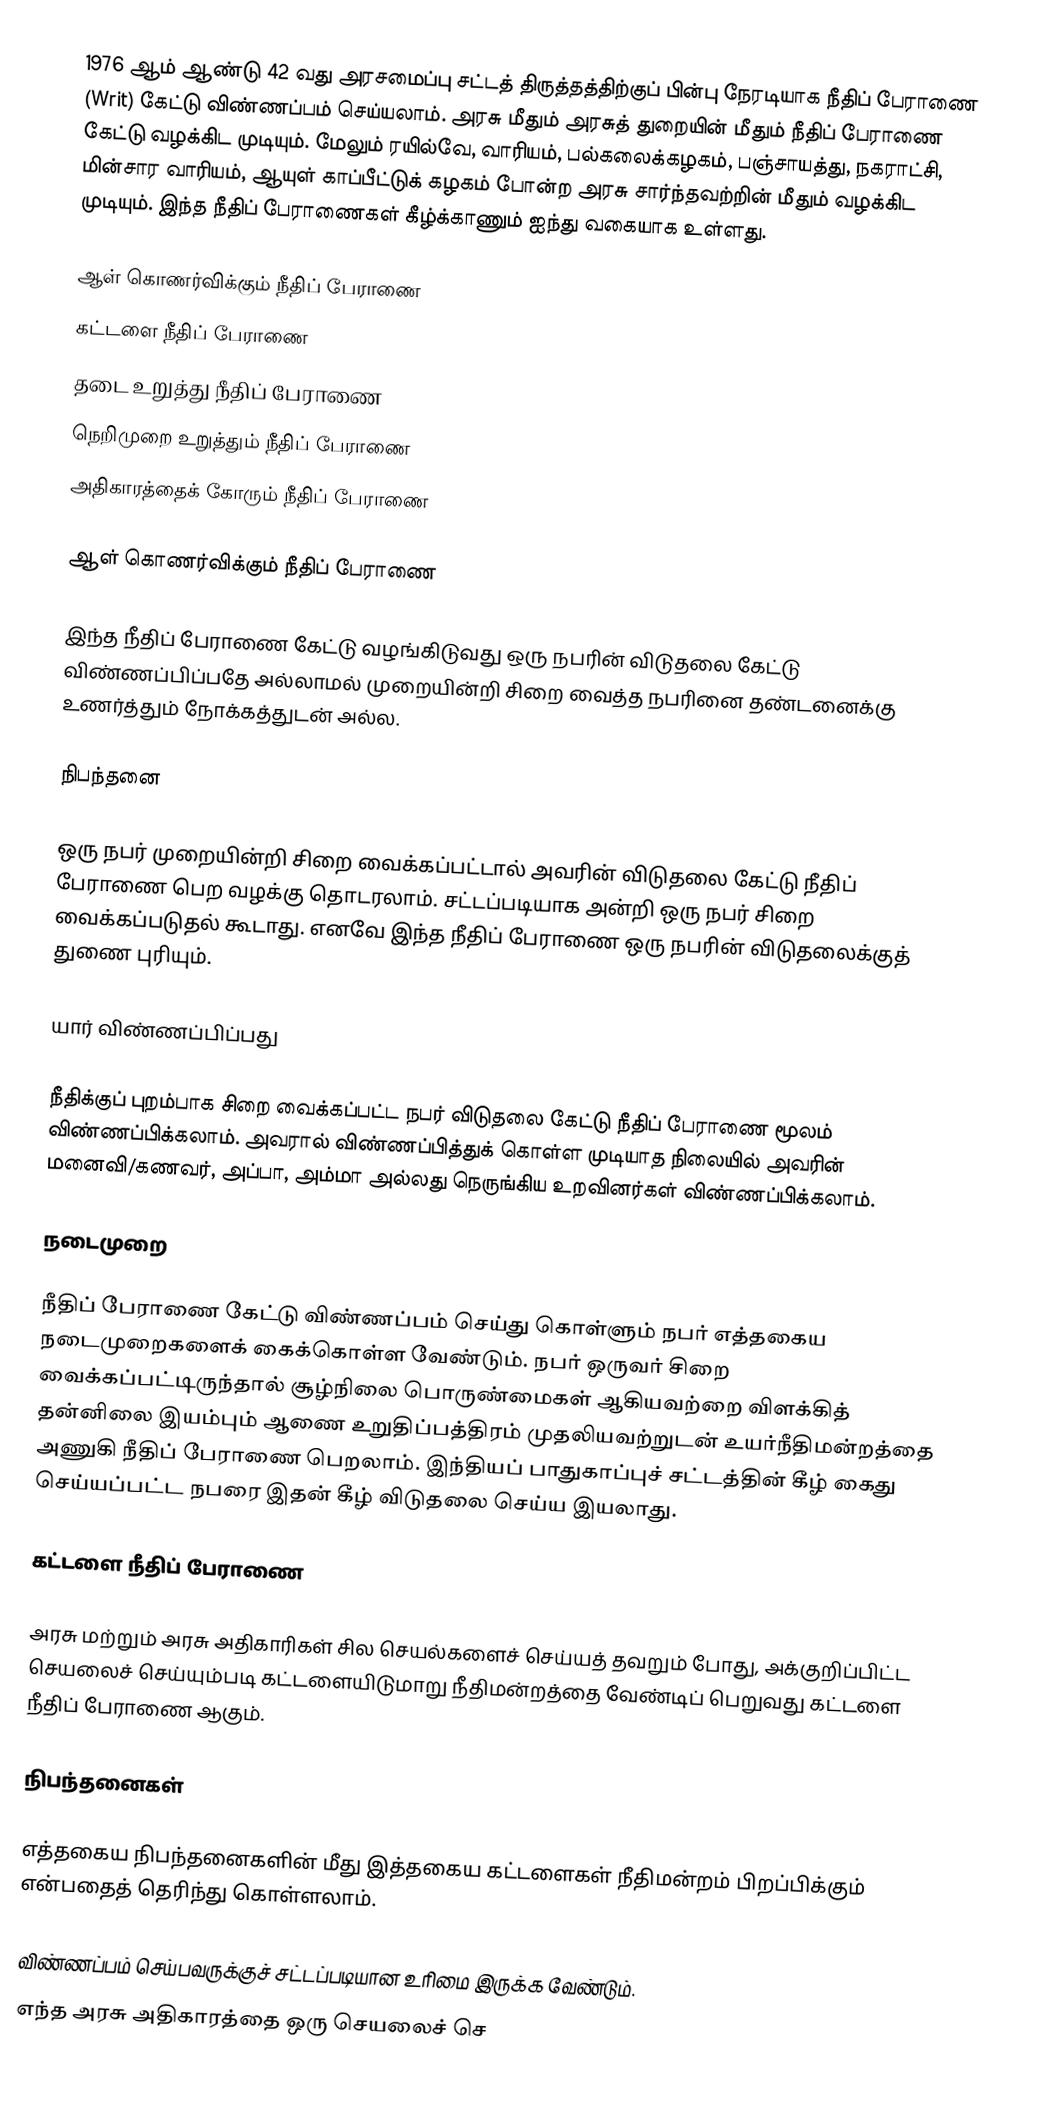
1976 ஆம் ஆண்டு 42 வது அரசமைப்பு சட்டத் திருத்தத்திற்குப் பின்பு நேரடியாக நீதிப் பேராணை (Writ) கேட்டு விண்ணப்பம் செய்யலாம். அரசு மீதும் அரசுத் துறையின் மீதும் நீதிப் பேராணை கேட்டு வழக்கிட முடியும். மேலும் ரயில்வே, வாரியம், பல்கலைக்கழகம், பஞ்சாயத்து, நகராட்சி, மின்சார வாரியம், ஆயுள் காப்பீட்டுக் கழகம் போன்ற அரசு சார்ந்தவற்றின் மீதும் வழக்கிட முடியும். இந்த நீதிப் பேராணைகள் கீழ்க்காணும் ஐந்து வகையாக உள்ளது.

ஆள் கொணர்விக்கும் நீதிப் பேராணை
கட்டளை நீதிப் பேராணை
தடை உறுத்து நீதிப் பேராணை
நெறிமுறை உறுத்தும் நீதிப் பேராணை
அதிகாரத்தைக் கோரும் நீதிப் பேராணை

ஆள் கொணர்விக்கும் நீதிப் பேராணை

இந்த நீதிப் பேராணை கேட்டு வழங்கிடுவது ஒரு நபரின் விடுதலை கேட்டு விண்ணப்பிப்பதே அல்லாமல் முறையின்றி சிறை வைத்த நபரினை தண்டனைக்கு உணர்த்தும் நோக்கத்துடன் அல்ல.

நிபந்தனை

ஒரு நபர் முறையின்றி சிறை வைக்கப்பட்டால் அவரின் விடுதலை கேட்டு நீதிப் பேராணை பெற வழக்கு தொடரலாம். சட்டப்படியாக அன்றி ஒரு நபர் சிறை வைக்கப்படுதல் கூடாது. எனவே இந்த நீதிப் பேராணை ஒரு நபரின் விடுதலைக்குத் துணை புரியும்.

யார் விண்ணப்பிப்பது

நீதிக்குப் புறம்பாக சிறை வைக்கப்பட்ட நபர் விடுதலை கேட்டு நீதிப் பேராணை மூலம் விண்ணப்பிக்கலாம். அவரால் விண்ணப்பித்துக் கொள்ள முடியாத நிலையில் அவரின் மனைவி/கணவர், அப்பா, அம்மா அல்லது நெருங்கிய உறவினர்கள் விண்ணப்பிக்கலாம்.

நடைமுறை

நீதிப் பேராணை கேட்டு விண்ணப்பம் செய்து கொள்ளும் நபர் எத்தகைய நடைமுறைகளைக் கைக்கொள்ள வேண்டும். நபர் ஒருவர் சிறை வைக்கப்பட்டிருந்தால் சூழ்நிலை பொருண்மைகள் ஆகியவற்றை விளக்கித் தன்னிலை இயம்பும் ஆணை உறுதிப்பத்திரம் முதலியவற்றுடன் உயர்நீதிமன்றத்தை அணுகி நீதிப் பேராணை பெறலாம். இந்தியப் பாதுகாப்புச் சட்டத்தின் கீழ் கைது செய்யப்பட்ட நபரை இதன் கீழ் விடுதலை செய்ய இயலாது.

கட்டளை நீதிப் பேராணை

அரசு மற்றும் அரசு அதிகாரிகள் சில செயல்களைச் செய்யத் தவறும் போது, அக்குறிப்பிட்ட செயலைச் செய்யும்படி கட்டளையிடுமாறு நீதிமன்றத்தை வேண்டிப் பெறுவது கட்டளை நீதிப் பேராணை ஆகும்.

நிபந்தனைகள்

எத்தகைய நிபந்தனைகளின் மீது இத்தகைய கட்டளைகள் நீதிமன்றம் பிறப்பிக்கும் என்பதைத் தெரிந்து கொள்ளலாம்.

 விண்ணப்பம் செய்பவருக்குச் சட்டப்படியான உரிமை இருக்க வேண்டும்.
 எந்த அரசு அதிகாரத்தை ஒரு செயலைச் செ